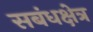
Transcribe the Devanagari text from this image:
सबंधक्षेत्र